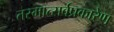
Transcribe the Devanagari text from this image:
तस्मात्सर्वप्रकारेण